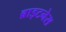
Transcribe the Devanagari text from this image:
ब्राइटनेस